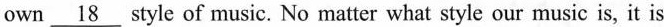
own \underline{18} style of music. No matter what style our music is, it is